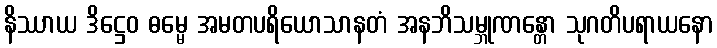
နိဿာယ ဒိဋ္ဌေဝ ဓမ္မေ အမတပရိယောသာနတံ အနဘိသမ္ဘုဏန္တော သုဂတိပရာယနော